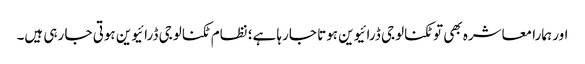
اور ہمارا معاشرہ بھی تو ٹکنالوجی ڈرائیوین ہوتا جارہا ہے؛ نظام ٹکنالوجی ڈرائیوین ہوتی جا رہی ہیں۔